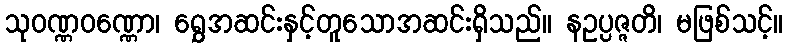
သုဝဏ္ဏဝဏ္ဏော၊ ရွှေအဆင်းနှင့်တူသောအဆင်းရှိသည်။ နဥပ္ပဇ္ဇတိ၊ မဖြစ်သင့်။